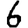
Digit: 6